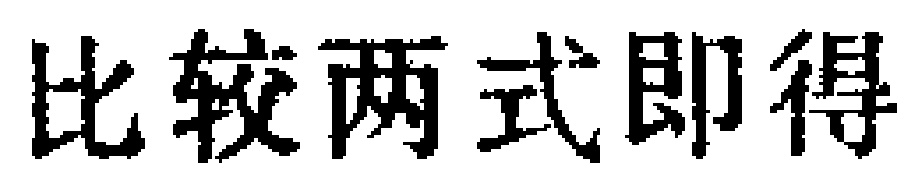
比较两式即得